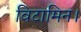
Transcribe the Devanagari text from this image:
विटामिन।